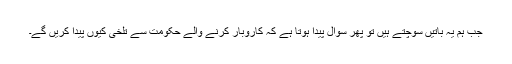
جب ہم یہ باتیں سوچتے ہیں تو پھر سوال پیدا ہوتا ہے کہ کاروبار کرنے والے حکومت سے تلخی کیوں پیدا کریں گے۔